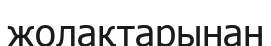
жолақтарынан